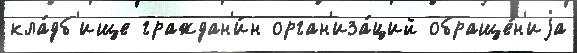
кла́дб'ище граждан'и́н орган'иза́ций обраще́н'иjа